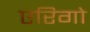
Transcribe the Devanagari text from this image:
एरिगो